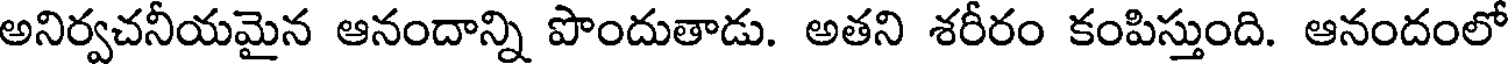
అనిర్వచనీయమైన ఆనందాన్ని పొందుతాడు. అతని శరీరం కంపిస్తుంది. ఆనందంలో